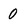
Character: 0